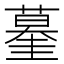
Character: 𰲀